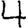
Digit: 4